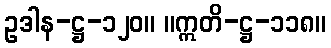
ဥဒါန-ဋ္ဌ-၁၂၀။ ။ဣတိ-ဋ္ဌ-၁၁၈။